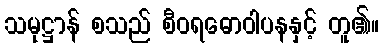
သမုဋ္ဌာန် စသည် စီဝရဓောဝါပနနှင့် တူ၏။